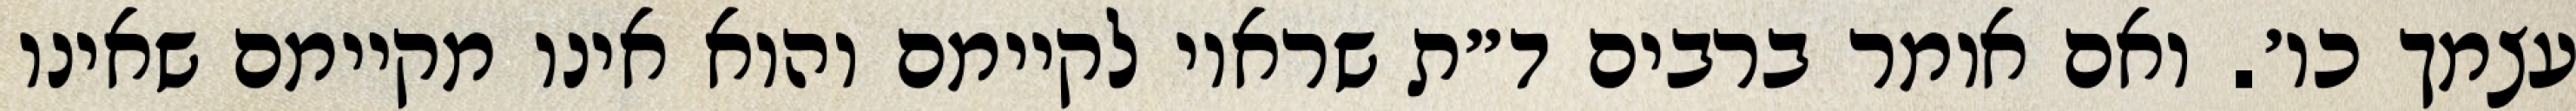
עצמך כו׳. ואם אומר ברבים ד״ת שראוי לקיימם והוא אינו מקיימם שאינו